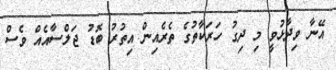
އޭނާ ވިދާޅުވީ މި ދިގު ހަރަކާތުގެ ތެރެއިން އިތުރު ބޮޑު ޖަލްސާއެއް ވެސް